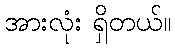
အားလုံး ရှိတယ်။